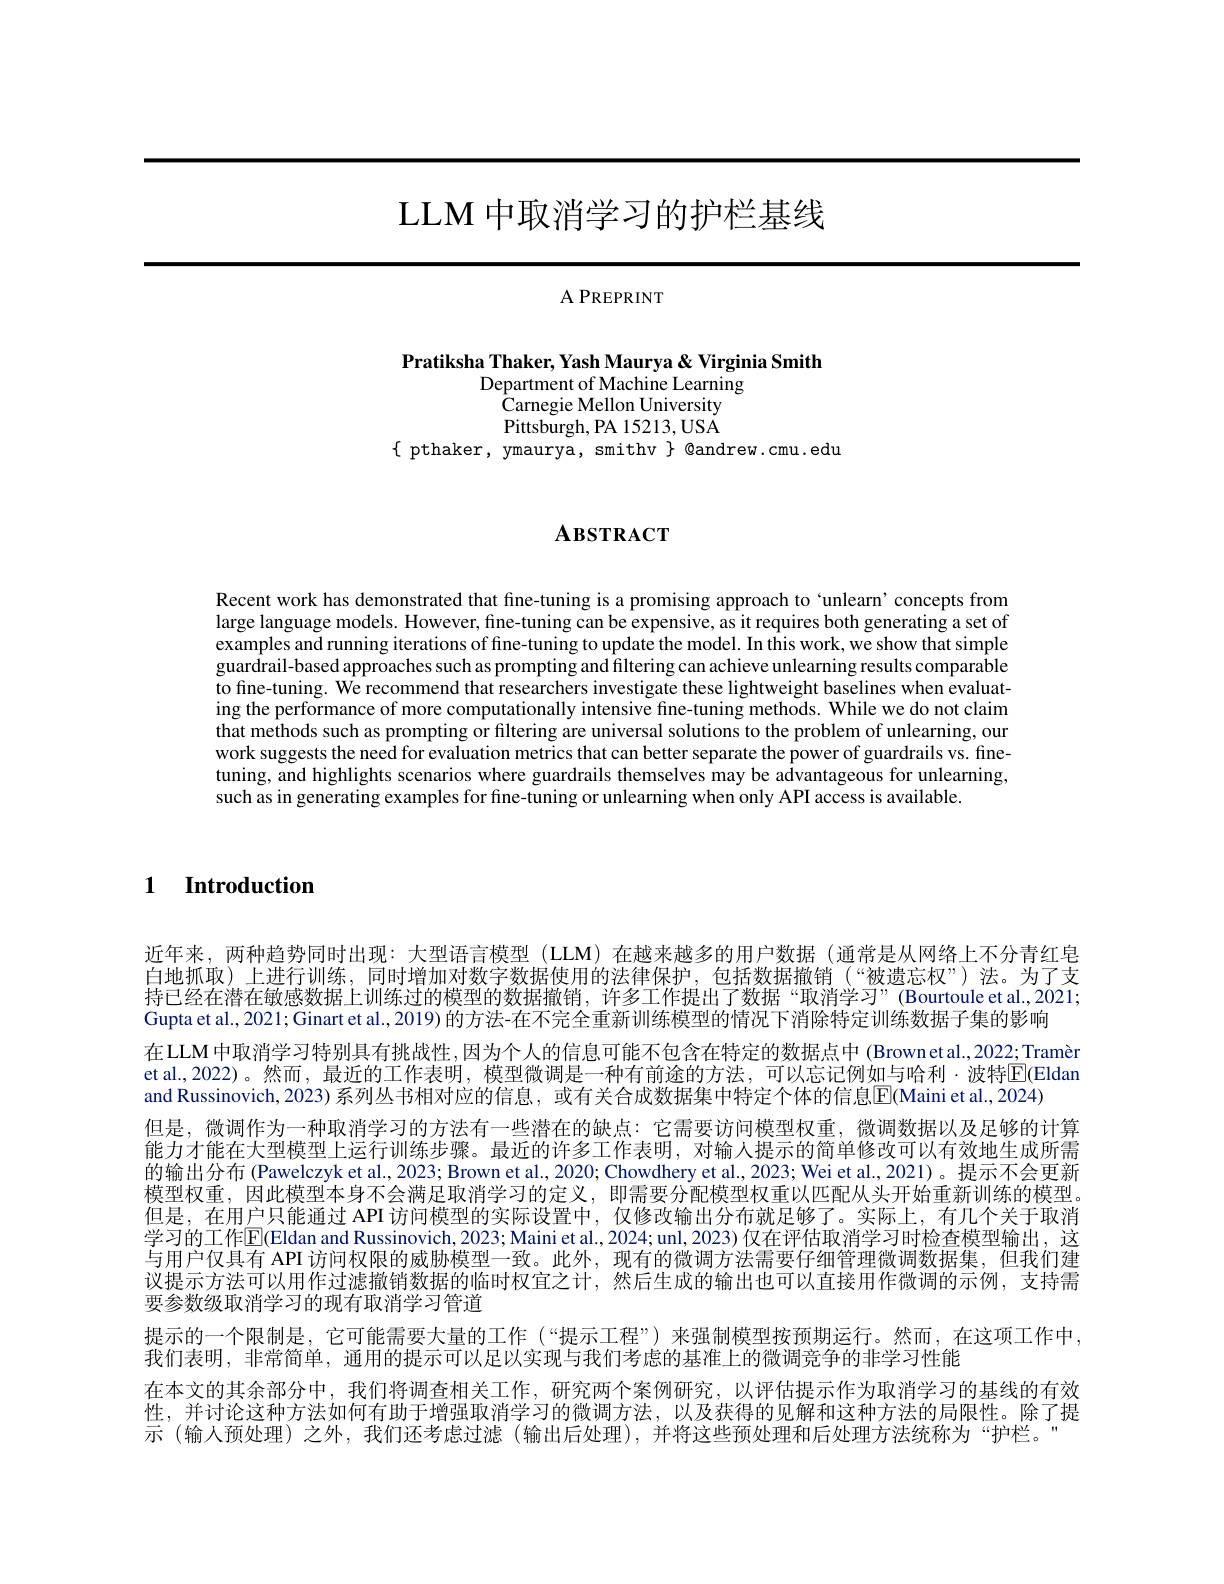
# LLM 中取消学习的护栏基线

$APREPRINT$

Pratiksha Thaker, Yash Maurya& Virginia Smith
Department of Machine Learning
$\bar{\mathrm{Carnegie~Mellon~University}}$

Pittsburgh, PA 15213, USA
$\{$ pthaker, ymaurya, smithv $\}$ @andrew.cmu.edu

# $\mathbf{A}$взткаст

Recent work has demonstrated that fine-tuning is a promising approach to `unlearn'concepts from large language models. However, fine-tuning can be expensive, as it requires both generating a set of examples and running iterations of fine-tuning to update the model. In this work, we show that simple guardrail-based approaches such as prompting and filtering can achieve unlearning results comparable to fine-tuning. We recommend that researchers investigate these lightweight baselines when evaluating the performance of more computationally intensive fine-tuning methods. While we do not claim that methods such as prompting or filtering are universal solutions to the problem of unlearning, our work suggests the need for evaluation metrics that can better separate the power of guardrails vs. finetuning, and highlights scenarios where guardrails themselves may be advantageous for unlearning, such as in generating examples for fine-tuning or unlearning when only API access is available

1 Introduction

近年来，两种趋势同时出现：大型语言模型(LLM)在越来越多的用户数据(通常是从网络上不分青红皂白地抓取)上进行训练，同时增加对数字数据使用的法律保护，包括数据撤销(“被遗忘权”)法。为了支持已经在潜在敏感数据上训练过的模型的数据撤销，许多工作提出了数据“取消学习”(Bourtoule et al.,2021; Gupta et al., 2021; Ginart et al., 2019) 的方法-在不完全重新训练模型的情况下 消除特定训练数据子集的影响
在LLM中取消学习特别具有挑战性，因为个人的信息可能不包含在特定的数据点中 (Brownetal.,2022;Tramèr et al.,2022)。然而，最近的工作表明，模型微调是一种有前途的方法，可以忘记例如与哈利·波特$\overline{\mathrm{E}}($Eldam and Russinovich, 2023) 系列丛书相对应的信息，或有关合成数据集中特定个体的信息$\mathbb{E}($Maini et al., 2024)
但是，微调作为一种取消学习的方法有一些潜在的缺点：它需要访问模型权重，微调数据以及足够的计算能力才能在大型模型上运行训练步骤。最近的许多工作表明，对输人提示的简单修改可以有效地生成所需的输出分布 (Pawelczyk et al., 2023; Brown et al., 2020; Chowdhery et al., 2023; Wei et al., 2021)。提示不会更新模型权重，因此模型本身不会满足取消学习的定义，即需要分配模型权重以匹配从头开始重新训练的模型。但是，在用户只能通过 API 访问模型的实际设置中，仅修改输出分布就足够了。实际上，有几个关于取消学习的工作$\overline{\mathbb{E}}($Eldan and Russinovich, 2023; Maini et al., 2024; unl, 2023) 仅在评估取消学习时检查模型输出，这与用户仅具有 API 访问权限的威胁模型一致。此外，现有的微调方法需要仔细管理微调数据集，但我们建议提示方法可以用作过滤撤销数据的临时权宜之计，然后生成的输出也可以直接用作微调的示例，支持需要参数级取消学习的现有取消学习管道
提示的一个限制是，它可能需要大量的工作(“提示工程”)来强制模型按预期运行。然而，在这项工作中，
我们表明，非常简单，通用的提示可以足以实现与我们考虑的基准上的微调竞争的非学习性能
在本文的其余部分中，我们将调查相关工作，研究两个案例研究，以评估提示作为取消学习的基线的有效性，并讨论这种方法如何有助于增强取消学习的微调方法，以及获得的见解和这种方法的局限性。除了提示 (输人预处理) 之外，我们还考虑过滤 (输出后处理),并将这些预处理和后处理方法统称为“护栏。”